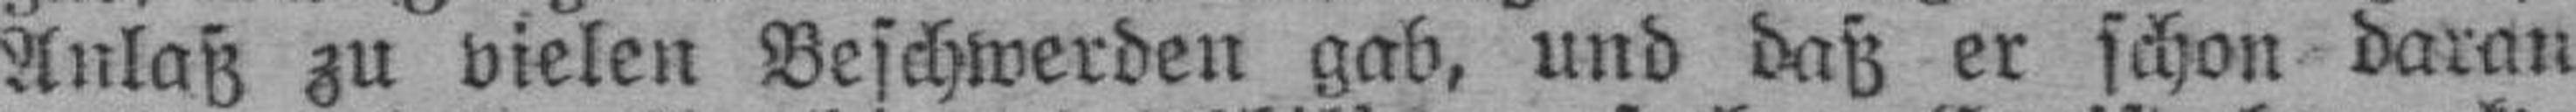
Anlaß zu vielen Beschwerden gab, und daß er schon daran